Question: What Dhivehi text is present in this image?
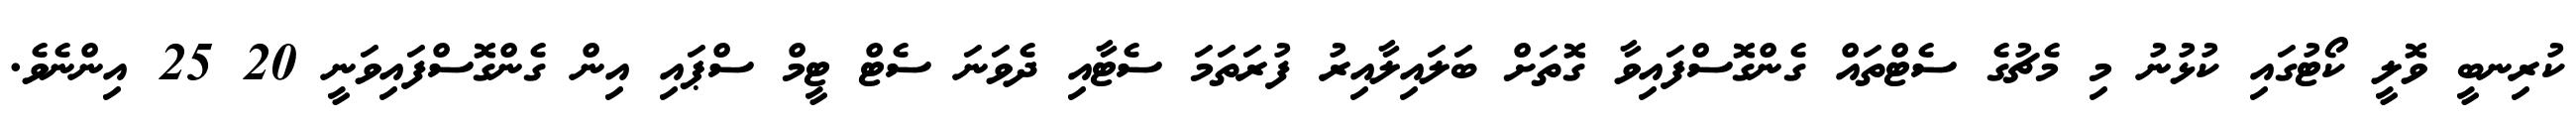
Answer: ކުރިނބީ ވޮލީ ކޯޓުގައި ކުޅުނު މި މެޗުގެ ސެޓްތައް ގެންގޮސްފައިވާ ގޮތަށް ބަލައިލާއިރު ފުރަތަމަ ސެޓާއި ދެވަނަ ސެޓް ޓީމް ސްޕައި އިން ގެންގޮސްފައިވަނީ 20 25 އިންނެވެ.